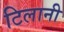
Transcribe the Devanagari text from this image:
टिलानी